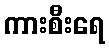
ကားစီးရေ